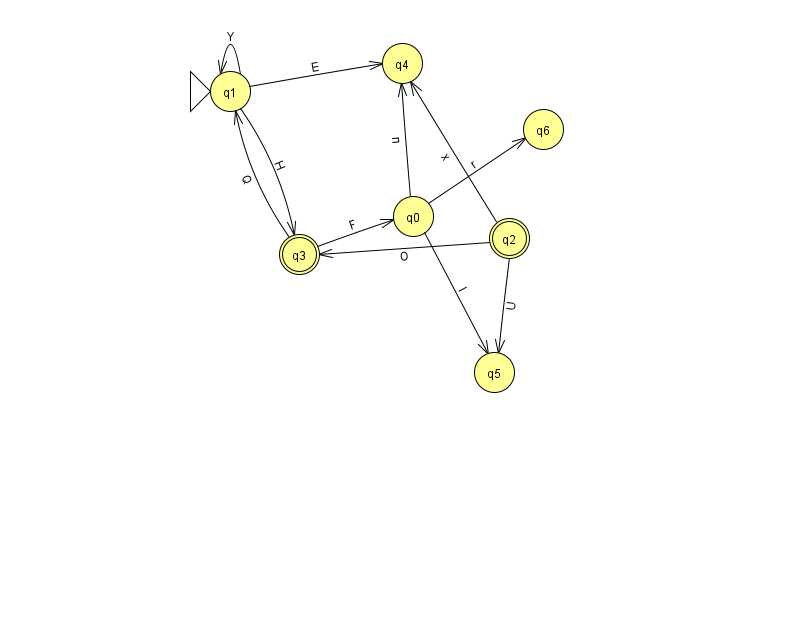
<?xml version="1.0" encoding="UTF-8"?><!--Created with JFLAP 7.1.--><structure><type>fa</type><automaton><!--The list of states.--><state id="0" name="q0"><x>413.0</x><y>203.0</y></state><state id="1" name="q1"><x>230.0</x><y>78.0</y><initial/></state><state id="2" name="q2"><x>509.0</x><y>225.0</y><final/></state><state id="3" name="q3"><x>299.0</x><y>241.0</y><final/></state><state id="4" name="q4"><x>402.0</x><y>50.0</y></state><state id="5" name="q5"><x>494.0</x><y>359.0</y></state><state id="6" name="q6"><x>543.0</x><y>116.0</y></state><!--The list of transitions.--><transition><from>0</from><to>6</to><read>r</read></transition><transition><from>1</from><to>4</to><read>E</read></transition><transition><from>2</from><to>3</to><read>O</read></transition><transition><from>2</from><to>5</to><read>U</read></transition><transition><from>1</from><to>3</to><read>H</read></transition><transition><from>0</from><to>5</to><read>I</read></transition><transition><from>0</from><to>4</to><read>n</read></transition><transition><from>1</from><to>1</to><read>Y</read></transition><transition><from>2</from><to>4</to><read>x</read></transition><transition><from>3</from><to>1</to><read>Q</read></transition><transition><from>3</from><to>0</to><read>F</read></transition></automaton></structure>